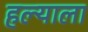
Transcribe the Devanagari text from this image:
हल्याला